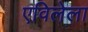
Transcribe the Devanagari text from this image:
एविलेला